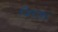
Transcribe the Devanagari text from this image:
जिराफा